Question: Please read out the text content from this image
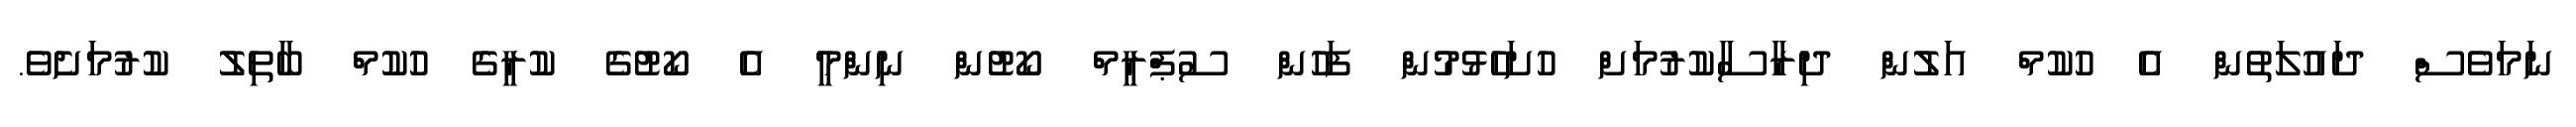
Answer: ނަމަވެސް ދައުލަތުން އެ ހުކުމް އަލުން ދިރާސާކުރުމަށް ހުށަހެޅުމުން ފަހުން ސުޕްރީމް ކޯޓުން ނިންމީ އެ ކޯޓުގެ ކުރީގެ ހުކުމް ބާތިލު ކުރުމަށެވެ.